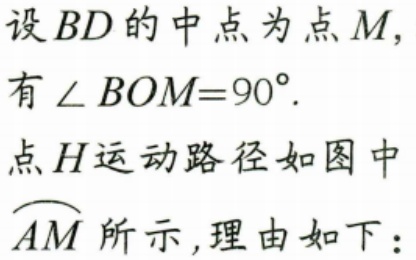
设 \(BD\) 的中点为点 \(M\)，
有 \(\angle BOM = 90^{\circ}\).
点 \(H\) 运动路径如图中 \(\overset{\frown}{AM}\) 所示，理由如下：